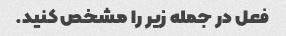
فعل در جمله زیر را مشخص کنید.